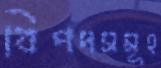
বিপদসমূহ